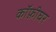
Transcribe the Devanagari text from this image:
कॉफ़ीघर